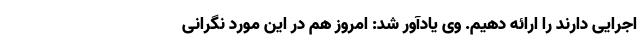
اجرایی دارند را ارائه دهیم. وی یادآور شد: امروز هم در این مورد نگرانی